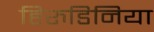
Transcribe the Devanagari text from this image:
हिरुडिनिया